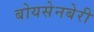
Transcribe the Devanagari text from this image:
बोयसेनबेरी